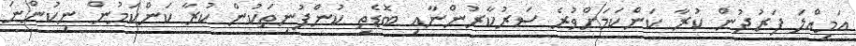
އަމިއްލަ ފަރުދުން ކުރާ ކަންކަމަށްވުރެ ސަރުކާރުންނާއި ބޮޑެތި ކުންފުނިތަކުން ކުރާ ކަންކަމުން ނިކުންނަ